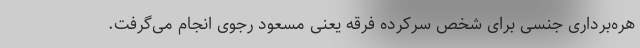
هره‌برداری جنسی برای شخص سرکرده فرقه یعنی مسعود رجوی انجام می‌گرفت.